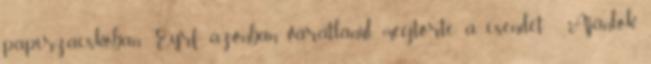
papírzacskóban. Eyrf azonban váratlanul megtörte a csendet. - Ajánlok